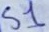
Text: S1